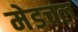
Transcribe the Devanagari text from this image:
मेडचल